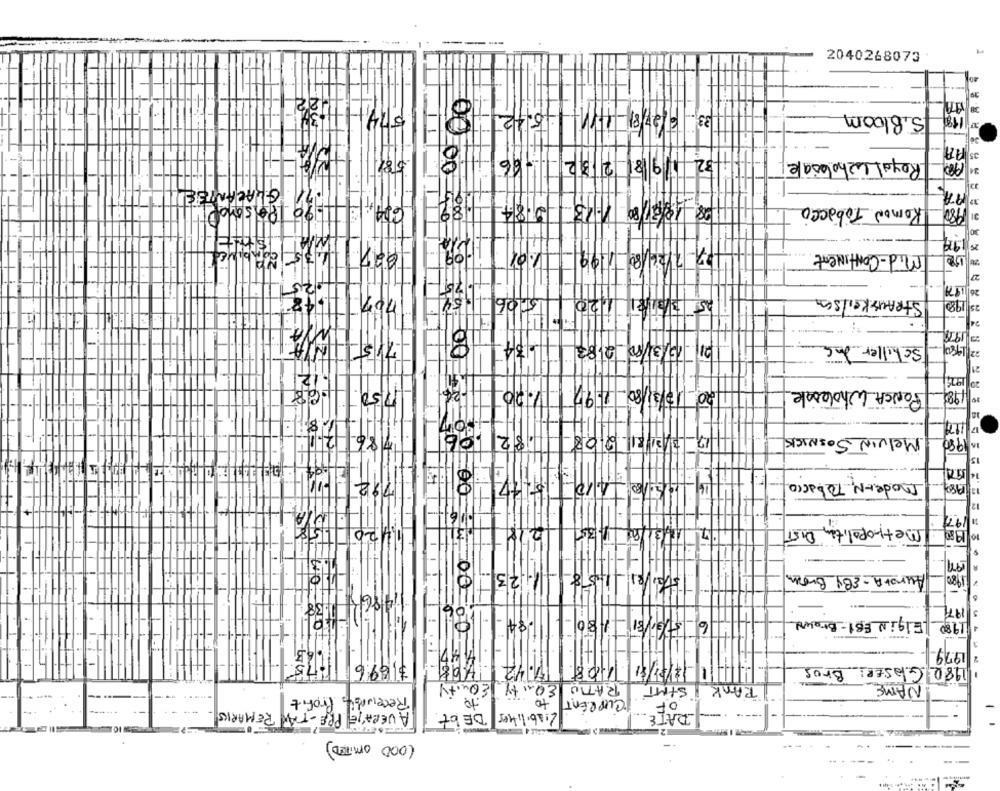
---
2040268073
33 6/27/81
5. Bloom
32 1 9 8 2 62- 46 1 8
5/81
Royal Wholesale
34
GUARANTEE
08 1927 20 1.13 084 89
1-90 Peso02
Komon Tobacco
180
31 1980
30
94
12-2/2/20 19
Mid- Continent
27
125
15.06-15
5 3/181 1,20
STRAUSKeilsEn
24
1978
HWA
715-
21 15/3/80-2483
Schiller Ing
2 1980-
21
12
120 17/3/80- 1197
20
17 50
11.20
PONCA Wholesale
1981
182,06
12- 313/1 208
i.
12.14
786
MelVIN SOSNICK
990
16
15
194
14
1 6/5.10 _1.10 - 8117
Moder-N, Tobacco
200
197
7- 12/31/84 1.35
Metropolitan DIST
Sta/1 1.58 - 1123-0
Aurora- EBy Brown
1980
400
197
1980 |Elgin EBI-Brown
1979
31896
1 7 /07/1 1108 7.42
1980 GLASER: Brus
TANK | STAT RATIO EQUITY EQUITY
NAME
Receivable Profit
to
CURRENT
OF
AVERAGE PRE-TAX REMARKS
Liabilities
----
DEbt
DATE
(000 OMITED)